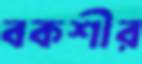
বকশীর